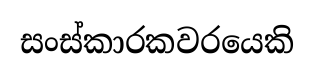
සංස්කාරකවරයෙකි